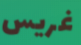
غريس